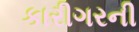
કારીગરની